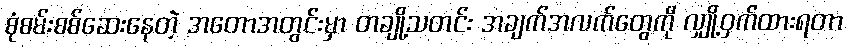
စုံစမ်းစစ်ဆေးနေတဲ့ အတောအတွင်းမှာ တချို့သတင်း အချက်အလက်တွေကို လျှို့ဝှက်ထားရတာ